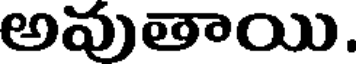
అవుతాయి.